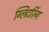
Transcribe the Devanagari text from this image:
ग्लिटरिंग